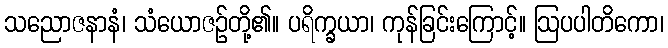
သညောဇနာနံ၊ သံယောဇဉ်တို့၏။ ပရိက္ခယာ၊ ကုန်ခြင်းကြောင့်။ ဩပပါတိကော၊